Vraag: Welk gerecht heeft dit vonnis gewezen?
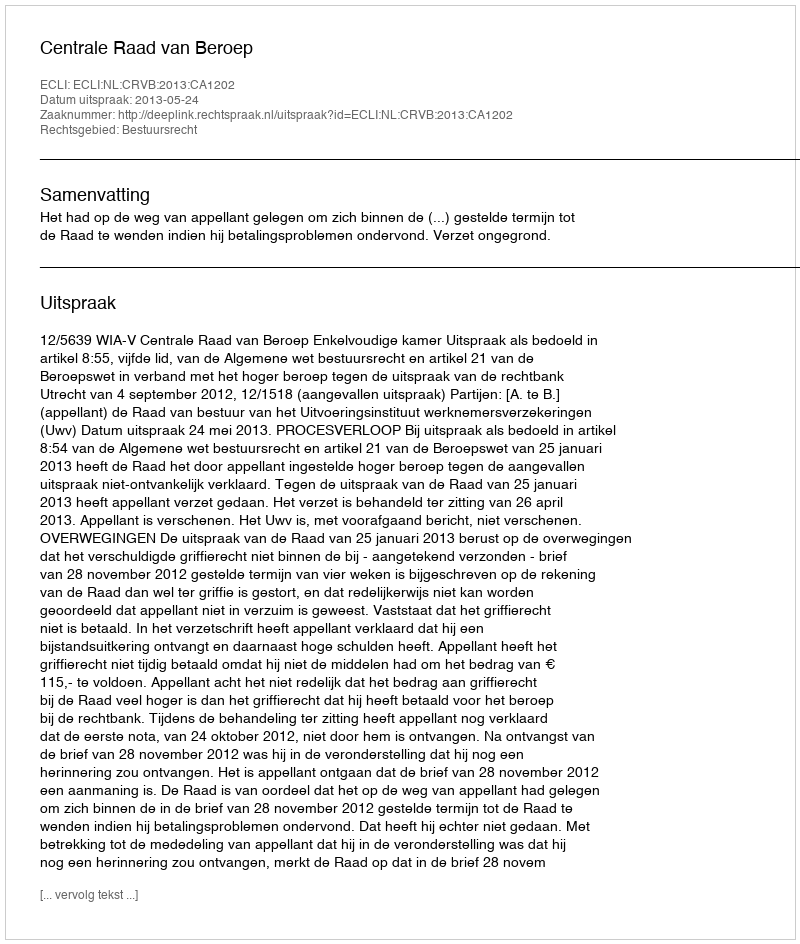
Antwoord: Centrale Raad van Beroep